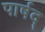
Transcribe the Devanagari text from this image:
पार्षद्